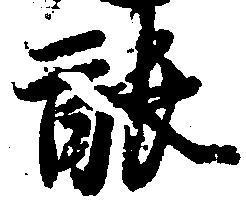
能